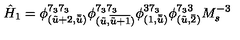
\hat { H } _ { 1 } = \phi _ { ( \tilde { u } + 2 , \bar { \tilde { u } } ) } ^ { 7 _ { 3 } 7 _ { 3 } } \phi _ { ( \tilde { u } , \overline { { \tilde { u } + 1 } } ) } ^ { 7 _ { 3 } 7 _ { 3 } } \phi _ { ( 1 , \bar { \tilde { u } } ) } ^ { 3 7 _ { 3 } } \phi _ { ( \tilde { u } , \bar { 2 } ) } ^ { 7 _ { 3 } 3 } M _ { s } ^ { - 3 }